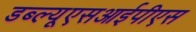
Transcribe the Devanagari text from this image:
डब्ल्यूएसआईपीएस